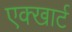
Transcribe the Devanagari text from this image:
एक्खार्ट